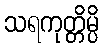
သရကုတ္တိမ္ပိ